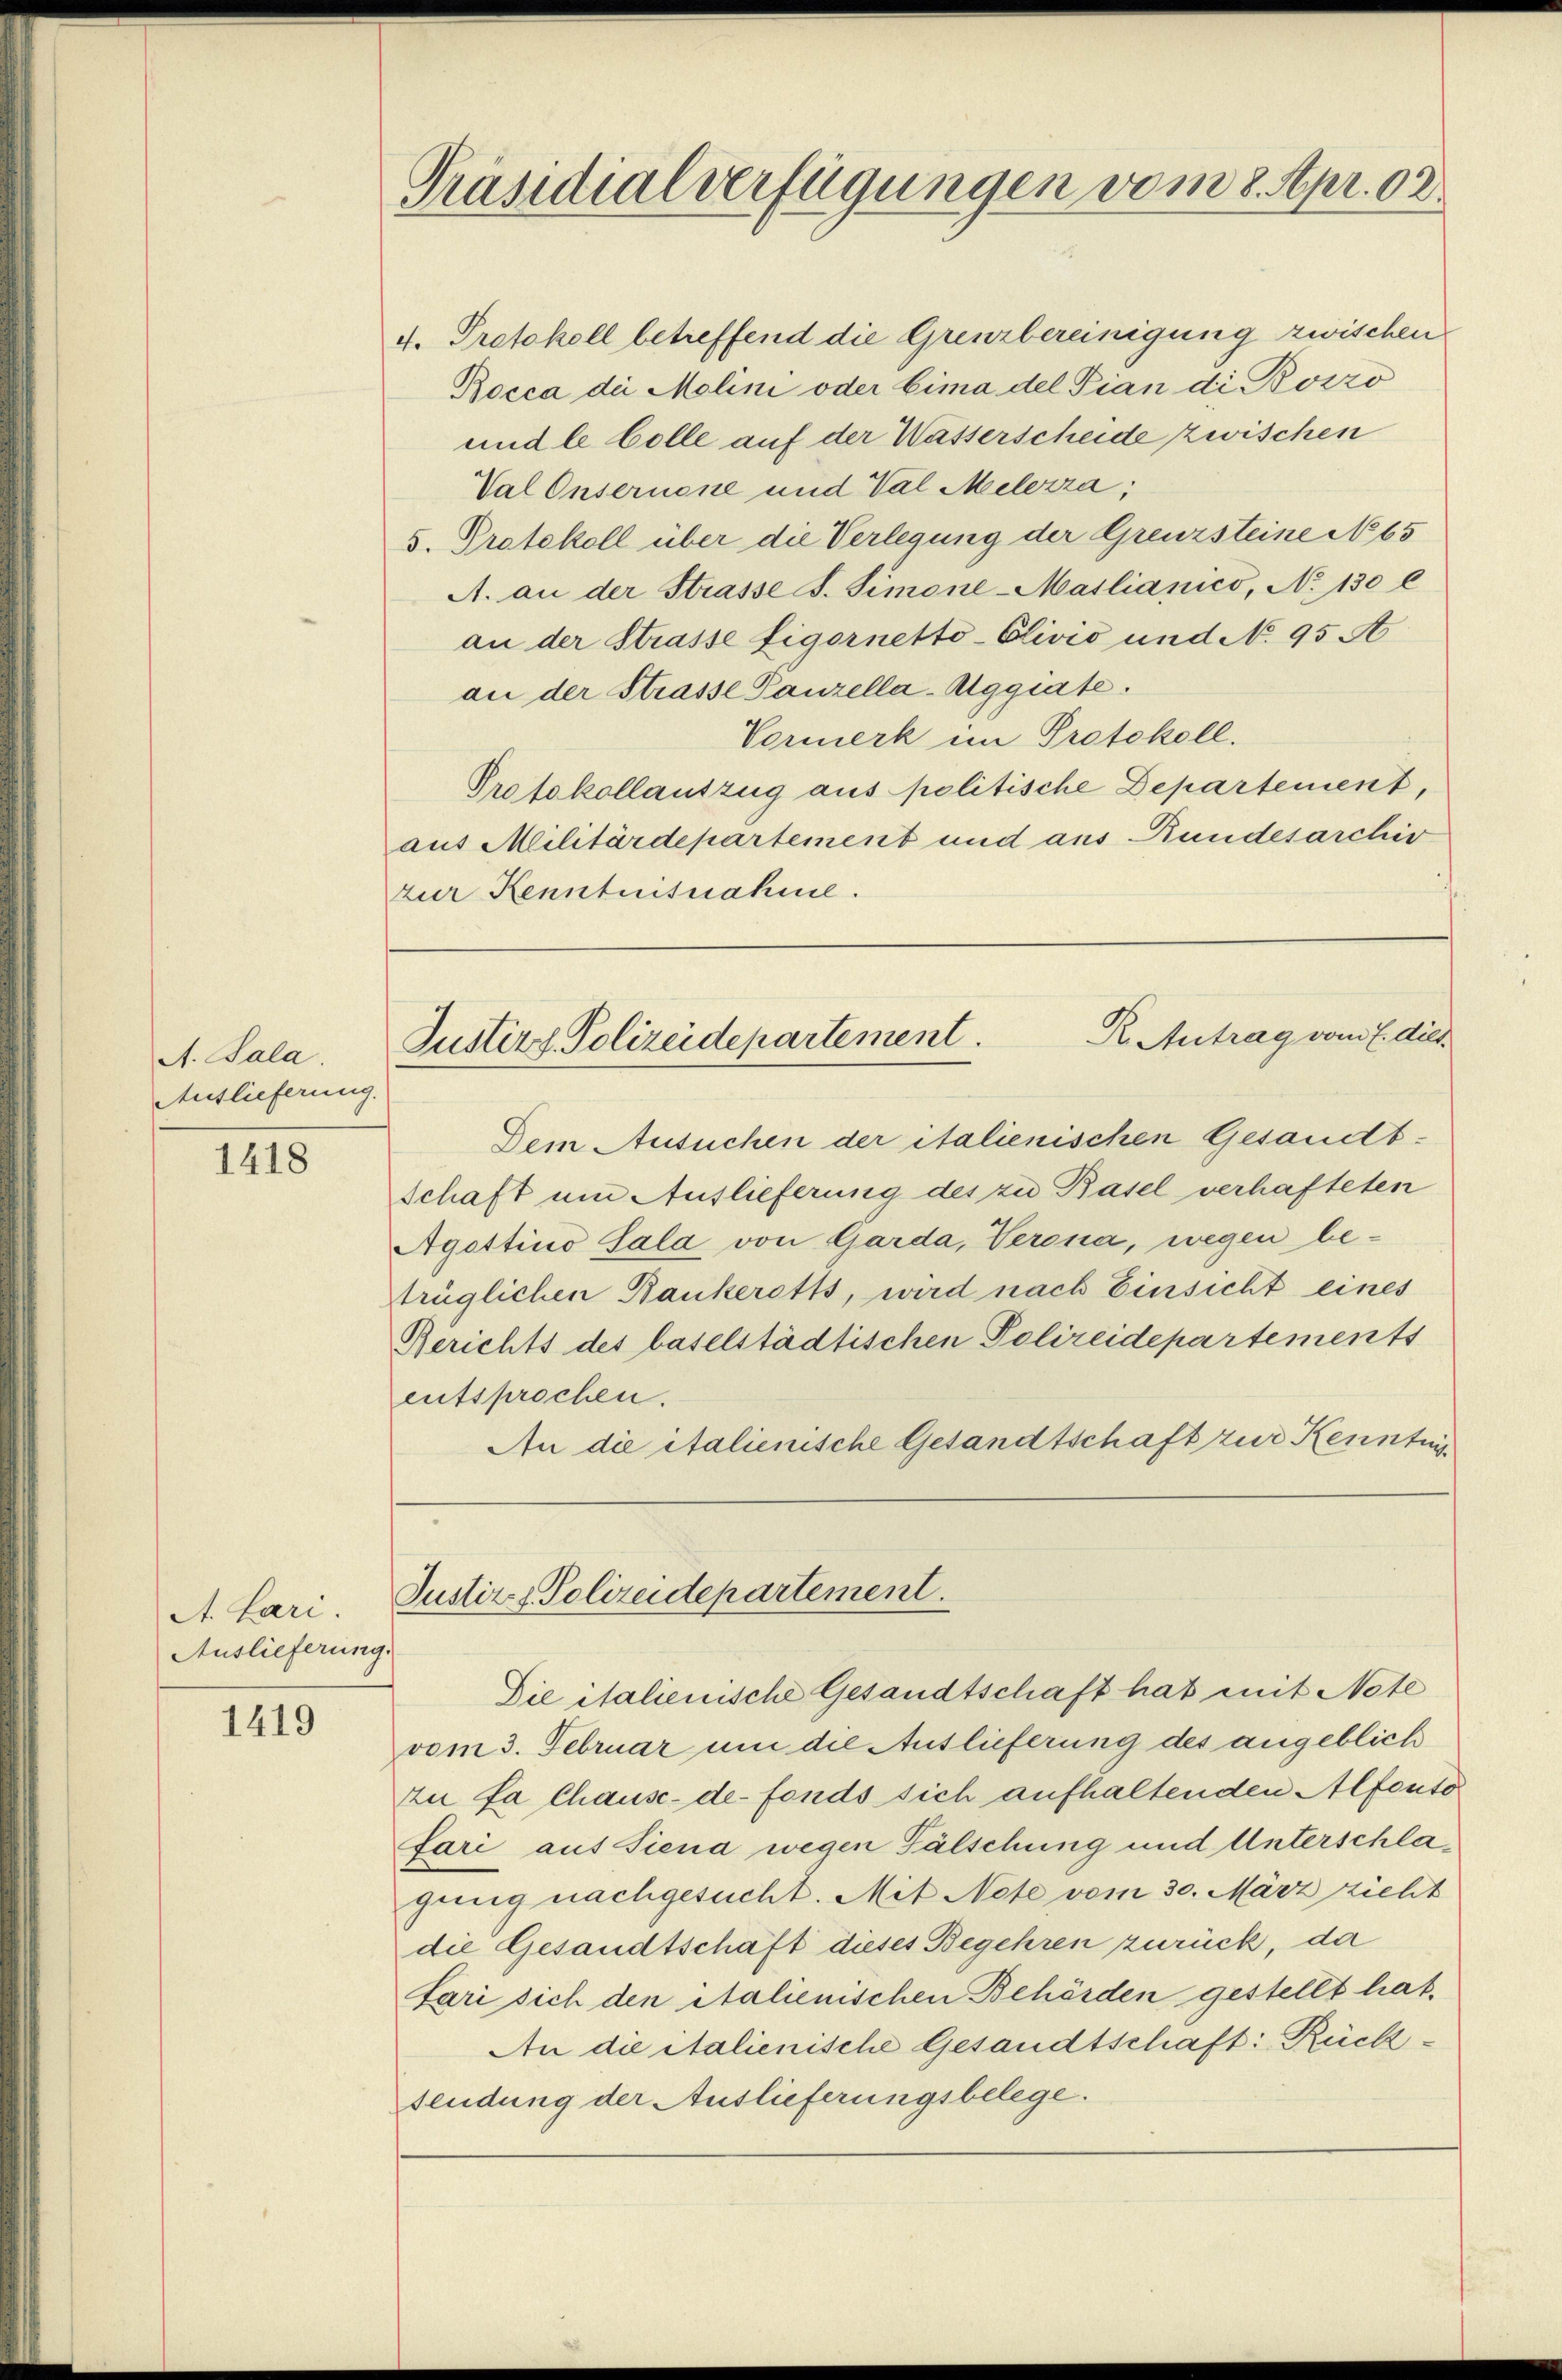
A. Sala
Auslieferung.

1418

A. Lari
Auslieferung

1419

Präsidialverfügungen vom 8. Apr. 02.

4. Protokoll betreffend die Grenzbereinigung zwischen
Bocca der Molini oder Eima del Pian die Bozzo
undle Colle auf der Wasserscheide zwischen
Val Onsernene und Val Melerza;
d. Protokoll über die Verlegung der Grenzsteine No 65
A. an der Strasse S. Simone-Maslianico, No 130 l
an der Strasse Ligornetto-Elivio und No. 95 A
an der Strasse Panzella-Aggiate.
Vormerk im Protokoll.
Protokollauszug aus politische Departement,
aus Militärdepartement und aus Bundesarchiv
zur Kenntnisnahme.

R. Antrag vom 7. dies
Justiz & Polizeidepartement.

Justiz, Polizeidepartement.

Dem Ausuchen der italienischen Gesandtschaft um Auslieferung des zu Basel verhafteten
Agattino Sala von Garda, Verona, wegen betrüglichen Bankeretts, wird nach Einsicht eines
Berichts des baselstädtischen Polizeidepartements
entsprochen.
An die italienische Gesandtschaft zur Kenntn

Die italienische Gesandtschaft hat mit Note
vom 3. Februar um die Auslieferung des angeblich
zu fa Chause-de-fonds sich aufhaltenden Alfonto
fari auf Siena wegen Fälschung und Unterschlagung nachgesucht. Mit Note vom 30. März zieht
die Gesandtschaft dieses Begehren zurück, da
Sari sich den Salienischen Behörden gestellt hat.
An die italienische Gesandtschaft: Rücksendung der Auslieferungsbelege.